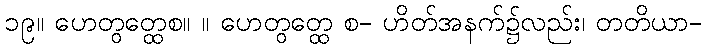
၁၉။ ဟေတွတ္ထေစ။ ။ ဟေတွတ္ထေ စ- ဟိတ်အနက်၌လည်း၊ တတိယာ-